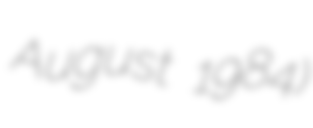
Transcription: August 1984)